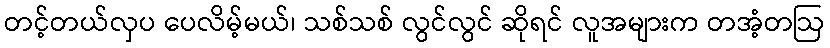
တင့်တယ်လှပ ပေလိမ့်မယ်၊ သစ်သစ် လွင်လွင် ဆိုရင် လူအများက တအံ့တဩ